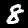
Label: 8